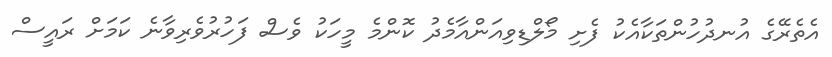
އެތެރޭގެ އުނދުހުންތަކާއެކު ފެށި މޯލްޑިވިއަންއާމެދު ކޮންމެ މީހަކު ވެސް ފަހުރުވެރިވާނެ ކަމަށް ރައީސް